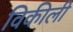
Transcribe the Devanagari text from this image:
विकीली